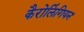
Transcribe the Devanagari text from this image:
कैरोलिंगियन